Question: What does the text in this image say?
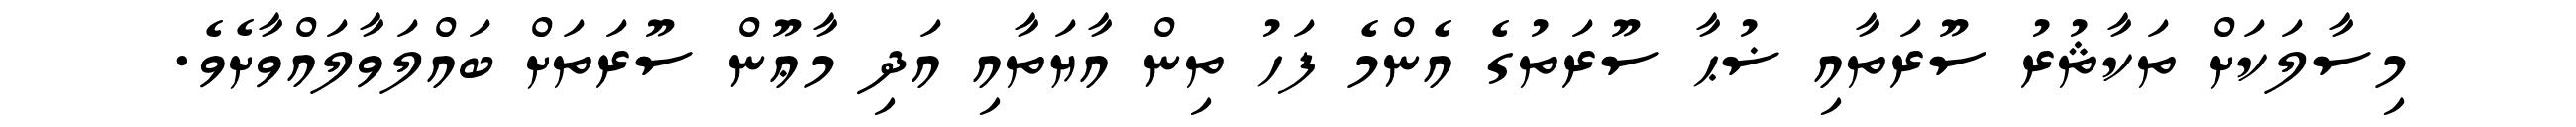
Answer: މިސާލަކަށް ތަކާޘުރު ސޫރަތާއި ޟުޙާ ސޫރަތުގެ އެންމެ ފަހު ތިން އާޔަތާއި އަދި މާޢޫން ސޫރަތަށް ބައްލަވާލައްވާށެވެ.